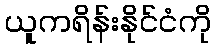
ယူကရိန်းနိုင်ငံကို